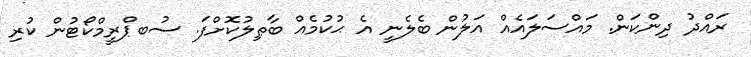
ރައްދު ދިންކަން. މައްސަލައެއް އަލުން ބެލެނީ އެ ޙުކުމެއް ބާޠިލުކޮށްފަ. ސުބޕްރީމްކޯޓުން ކުރި